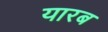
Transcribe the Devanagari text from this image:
यारब